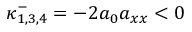
\kappa _ { 1 , 3 , 4 } ^ { - } = - 2 a _ { 0 } a _ { x x } < 0